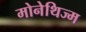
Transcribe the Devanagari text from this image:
मोनेथिज्म